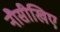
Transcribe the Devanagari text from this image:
नौसीखिए